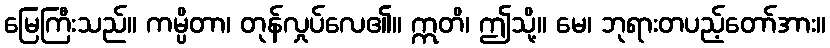
မြေကြီးသည်။ ကမ္ပိတာ၊ တုန်လှုပ်လေ၏။ ဣတိ၊ ဤသို့။ မေ၊ ဘုရားတပည့်တော်အား။